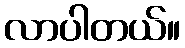
လာပါတယ်။